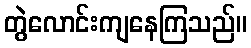
တွဲလောင်းကျနေကြသည်။